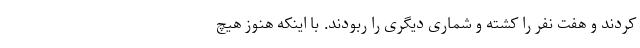
کردند و هفت نفر را کشته و شماری دیگری را ربودند. با اینکه هنوز هیچ